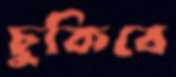
চুকিবে